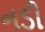
નડી